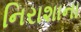
નિરાશાના